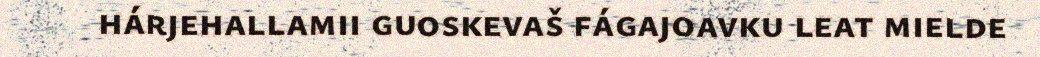
hárjehallamii guoskevaš fágajoavku leat mielde